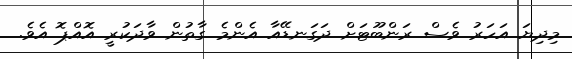
މިދިޔަ އަހަރު ވެސް ރަންބޫޓަށް ދަގަނޑޭއާ އެންމެ ގާތުން ވާދަކުރީ އޮއްޕޮ އެވެ.